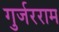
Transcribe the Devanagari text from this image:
गुर्जरराम